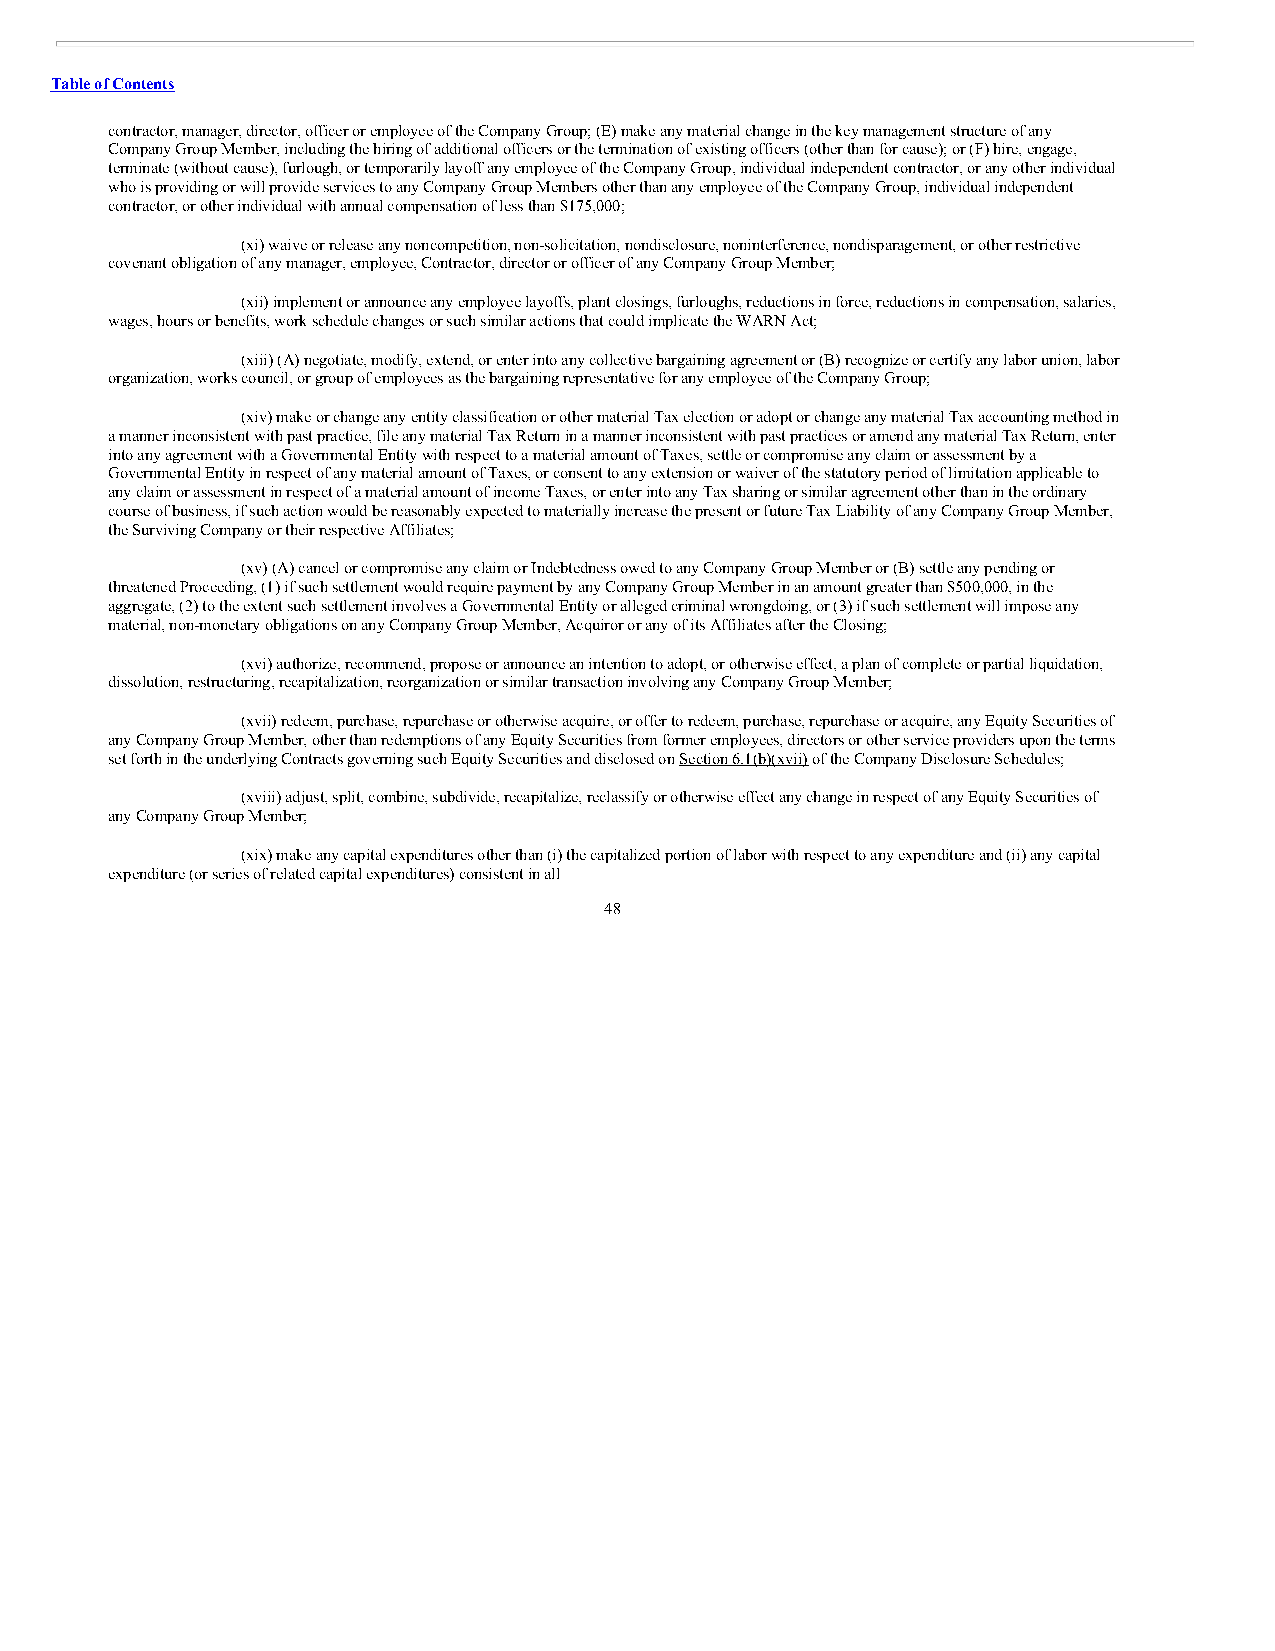
Table of Contents
 contractor, manager, director, officer or employee of the Company Group; (E) make any material change in the key management structure of any
 Company Group Member, including the hiring of additional officers or the termination of existing officers (other than for cause); or (F) hire, engage,
 terminate (without cause), furlough, or temporarily layoff any employee of the Company Group, individual independent contractor, or any other individual
 who is providing or will provide services to any Company Group Members other than any employee of the Company Group, individual independent
 contractor, or other individual with annual compensation of less than $175,000;
 (xi) waive or release any noncompetition, non-solicitation, nondisclosure, noninterference, nondisparagement, or other restrictive
 covenant obligation of any manager, employee, Contractor, director or officer of any Company Group Member;
 (xii) implement or announce any employee layoffs, plant closings, furloughs, reductions in force, reductions in compensation, salaries,
 wages, hours or benefits, work schedule changes or such similar actions that could implicate the WARN Act;
 (xiii) (A) negotiate, modify, extend, or enter into any collective bargaining agreement or (B) recognize or certify any labor union, labor
 organization, works council, or group of employees as the bargaining representative for any employee of the Company Group;
 (xiv) make or change any entity classification or other material Tax election or adopt or change any material Tax accounting method in
 a manner inconsistent with past practice, file any material Tax Return in a manner inconsistent with past practices or amend any material Tax Return, enter
 into any agreement with a Governmental Entity with respect to a material amount of Taxes, settle or compromise any claim or assessment by a
 Governmental Entity in respect of any material amount of Taxes, or consent to any extension or waiver of the statutory period of limitation applicable to
 any claim or assessment in respect of a material amount of income Taxes, or enter into any Tax sharing or similar agreement other than in the ordinary
 course of business, if such action would be reasonably expected to materially increase the present or future Tax Liability of any Company Group Member,
 the Surviving Company or their respective Affiliates;
 (xv) (A) cancel or compromise any claim or Indebtedness owed to any Company Group Member or (B) settle any pending or
 threatened Proceeding, (1) if such settlement would require payment by any Company Group Member in an amount greater than $500,000, in the
 aggregate, (2) to the extent such settlement involves a Governmental Entity or alleged criminal wrongdoing, or (3) if such settlement will impose any
 material, non-monetary obligations on any Company Group Member, Acquiror or any of its Affiliates after the Closing;
 (xvi) authorize, recommend, propose or announce an intention to adopt, or otherwise effect, a plan of complete or partial liquidation,
 dissolution, restructuring, recapitalization, reorganization or similar transaction involving any Company Group Member;
 (xvii) redeem, purchase, repurchase or otherwise acquire, or offer to redeem, purchase, repurchase or acquire, any Equity Securities of
 any Company Group Member, other than redemptions of any Equity Securities from former employees, directors or other service providers upon the terms
 set forth in the underlying Contracts governing such Equity Securities and disclosed on Section 6.1(b)(xvii) of the Company Disclosure Schedules;
 (xviii) adjust, split, combine, subdivide, recapitalize, reclassify or otherwise effect any change in respect of any Equity Securities of
 any Company Group Member;
 (xix) make any capital expenditures other than (i) the capitalized portion of labor with respect to any expenditure and (ii) any capital
 expenditure (or series of related capital expenditures) consistent in all
 48